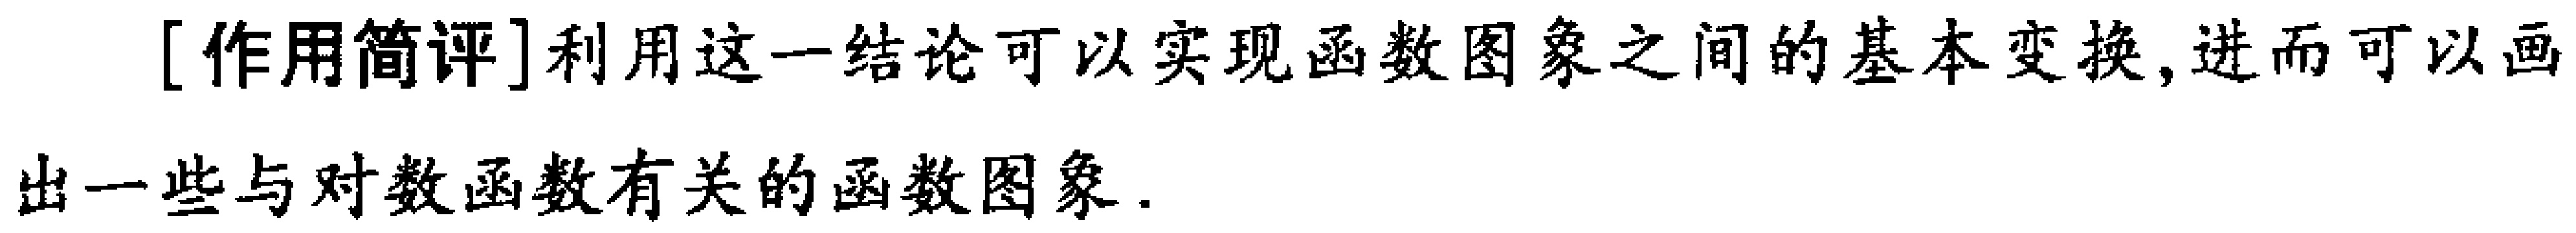
[作用简评]利用这一结论可以实现函数图象之间的基本变换,进而可以画出一些与对数函数有关的函数图象.